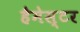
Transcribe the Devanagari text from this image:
हैमेस्टर